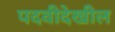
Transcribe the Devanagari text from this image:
पदवीदेखील